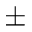
\pm